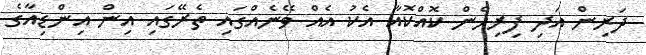
ދަރިން އަދި ފިރިހެން ކޮއްކޮއާ އެކު އެއް ވޭނެއްގައި ތެރޭގައި އިން އިންޑިއާގެ